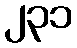
၂၃၁